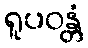
ရူပဝန္တံ